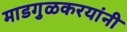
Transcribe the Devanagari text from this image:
माडगुळकरयांनी